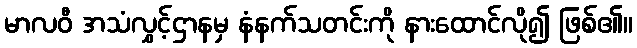
မာလဝီ အသံလွှင့်ဌာနမှ နံနက်သတင်းကို နားထောင်လို၍ ဖြစ်၏။